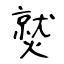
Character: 𤎼